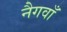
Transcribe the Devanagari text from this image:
नैगवाँ